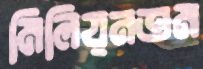
মিলিয়নতম